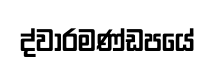
ද්වාරමණ්ඩපයේ